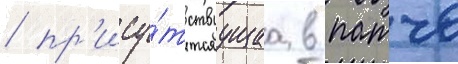
/ пр'ису́тствуущаа в патче